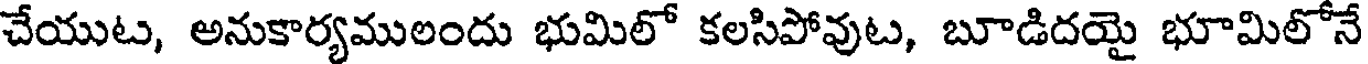
చేయుట, అనుకార్యములందు భుమిలో కలసిపోవుట, బూడిదయై భూమిలోనే